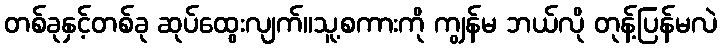
တစ်ခုနှင့်တစ်ခု ဆုပ်ထွေးလျက်။သူ့စကားကို ကျွန်မ ဘယ်လို တုန့်ပြန်မလဲ